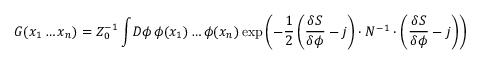
G ( x _ { 1 } \ldots x _ { n } ) = Z _ { 0 } ^ { - 1 } \int \! { \cal D } \phi \, \phi ( x _ { 1 } ) \ldots \phi ( x _ { n } ) \exp \left( - { \frac { 1 } { 2 } } \left( { \frac { \delta S } { \delta \phi } } - j \right) \cdot N ^ { - 1 } \cdot \left( { \frac { \delta S } { \delta \phi } } - j \right) \right)